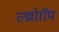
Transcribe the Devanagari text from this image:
ल्थ्रोाॉप